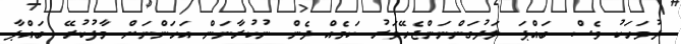
ދުވަހަކު ވެސް ބައްޕަ ލަދުގަންނަންޖެހޭވަރު ކަމެއް ދެން ނުކުރާނަން އަހަންނަށް މާފުކުރޭ ބައްޕާ